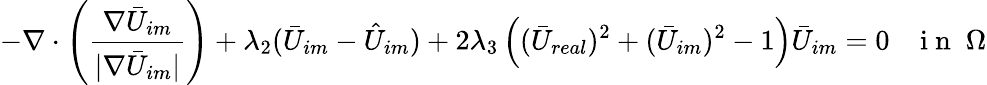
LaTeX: -\nabla\cdot\left(\frac{\nabla\bar{U}_{im}}{|\nabla\bar{U}_{im}|}\right)+\lambda_{2}(\bar{U}_{im}-\hat{U}_{im})+2\lambda_{3}\left((\bar{U}_{real})^{2}+(\bar{U}_{im})^{2}-1\right)\bar{U}_{im}=0\; \; \; \mathrm{~i~n~}\; \Omega